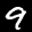
Label: 9